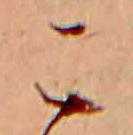
こ